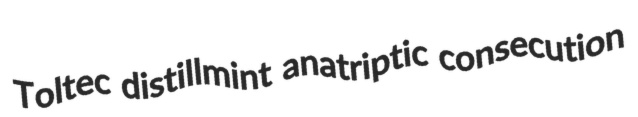
Toltec distillmint anatriptic consecution